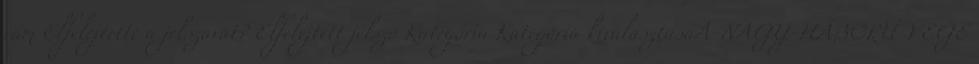
rám Elfelejtette a jelszavát? Elfelejtett jelszó Kategória Kategória kiválasztásaA-NAGY-HÁBORÚ-VÉGE